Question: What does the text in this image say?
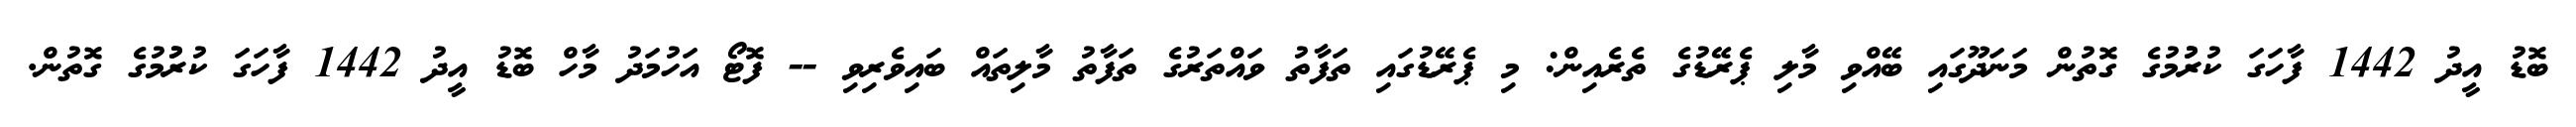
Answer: ބޮޑު އީދު 1442 ފާހަގަ ކުރުުމުގެ ގޮތުން މަނަދޫގައި ބޭއްވި މާލި ޕެރޭޑުގެ ތެރެއިން: މި ޕެރޭޑުގައި ތަފާތު ވައްތަރުގެ ތަފާތު މާލިތައް ބައިވެރިވި -- ފޮޓޯ އަހުމަދު މާހް ބޮޑު އީދު 1442 ފާހަގަ ކުރުުމުގެ ގޮތުން.